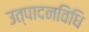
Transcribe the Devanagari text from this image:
उत्पादनविधि